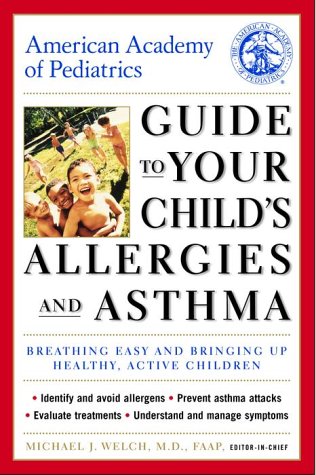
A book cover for American Academy of Pediatrics Guide to Your Child's Allergies and Asthma: Breathing Easy and Bringing Up Healthy, Active Children; Michael J. Welch M.D.; Health, Fitness & Dieting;